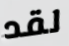
لقد